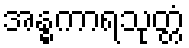
အန္ဓကာရသုတ္တံ